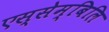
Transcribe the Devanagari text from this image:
एस्सेम्बिलि